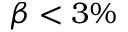
\beta < 3 \%